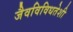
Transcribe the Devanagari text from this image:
जैवविविधतेशी